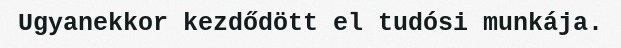
Ugyanekkor kezdődött el tudósi munkája.